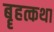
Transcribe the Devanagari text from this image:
बॄहत्कथा